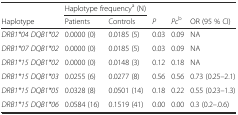
<table><thead><tr><td></td><td colspan="2"><b>Haplotype frequency<sup>a</sup> (N)</b></td><td></td><td></td><td></td></tr><tr><td><b>Haplotype</b></td><td><b>Patients</b></td><td><b>Controls</b></td><td><b><i>P</i></b></td><td><b><i>Pc</i><sup>b</sup></b></td><td><b>OR (95 % CI)</b></td></tr></thead><tbody><tr><td><i>DRB1*04 DQB1*02</i></td><td>0.0000 (0)</td><td>0.0185 (5)</td><td>0.03</td><td>0.09</td><td>NA</td></tr><tr><td><i>DRB1*07 DQB1*02</i></td><td>0.0000 (0)</td><td>0.0185 (5)</td><td>0.03</td><td>0.09</td><td>NA</td></tr><tr><td><i>DRB1*15 DQB1*02</i></td><td>0.0000 (0)</td><td>0.0148 (3)</td><td>0.12</td><td>0.18</td><td>NA</td></tr><tr><td><i>DRB1*15 DQB1*03</i></td><td>0.0255 (6)</td><td>0.0277 (8)</td><td>0.56</td><td>0.56</td><td>0.73 (0.25–2.1)</td></tr><tr><td><i>DRB1*15 DQB1*05</i></td><td>0.0328 (8)</td><td>0.0501 (14)</td><td>0.18</td><td>0.22</td><td>0.55 (0.23–1.3)</td></tr><tr><td><i>DRB1*15 DQB1*06</i></td><td>0.0584 (16)</td><td>0.1519 (41)</td><td>0.00</td><td>0.00</td><td>0.3 (0.2–.0.6)</td></tr></tbody></table>